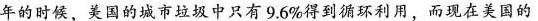
年的时候，美国的城市垃圾中只有9.6%得到循环利用，而现在美国的